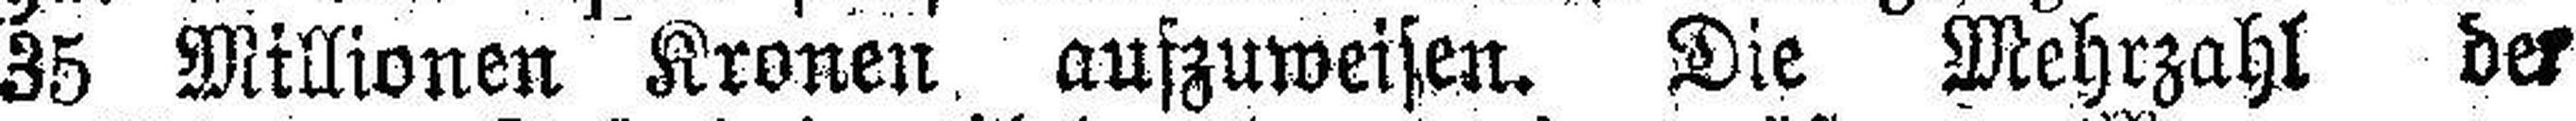
35 Millionen Kronen aufzuweisen. Die Mehrzahl der